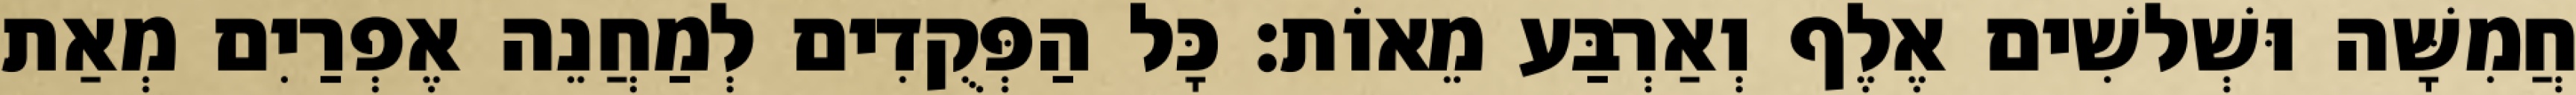
חֲמִשָּׁה וּשְׁלשִׁים אֶלֶף וְאַרְבַּע מֵאוֹת׃ כָּל הַפְּקֻדִים לְמַחֲנֵה אֶפְרַיִם מְאַת